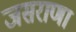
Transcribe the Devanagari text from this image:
जसराणा